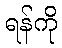
ရန်ကို